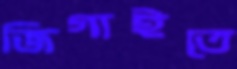
জিগাইতে